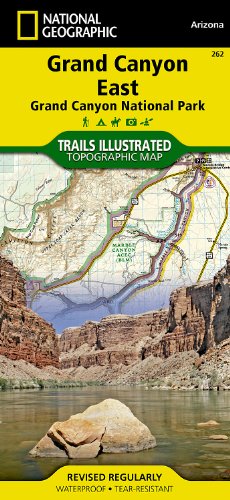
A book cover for Grand Canyon East [Grand Canyon National Park] (National Geographic Trails Illustrated Map); National Geographic Maps - Trails Illustrated; Travel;